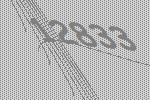
12833